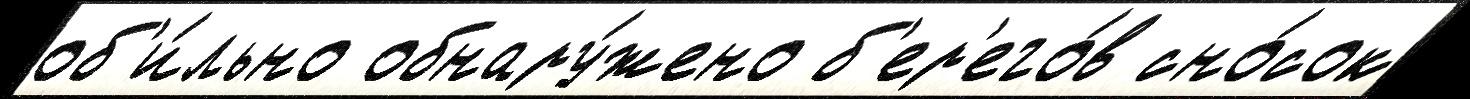
об'и́льно обнару́жено б'ер'его́в сно́сок